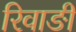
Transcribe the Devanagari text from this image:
रिवाङी